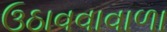
ઉઠાવવાવાળા